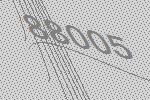
88005